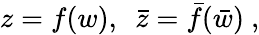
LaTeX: z=f(w),~~\bar{z}=\bar{f}(\bar{w})~,